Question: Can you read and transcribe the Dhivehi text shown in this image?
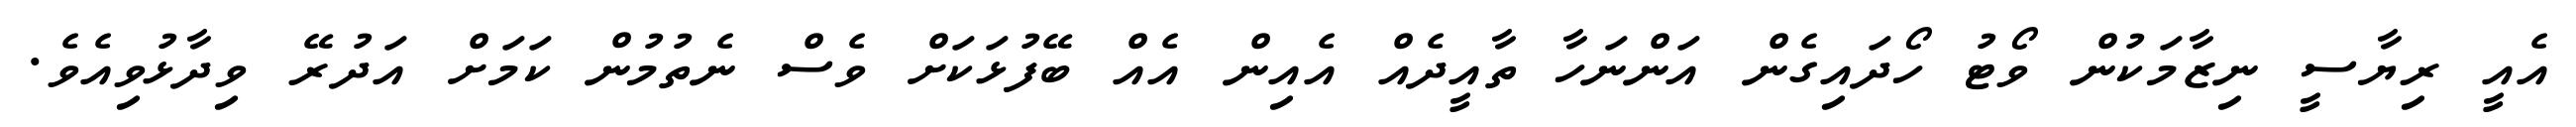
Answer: އެއީ ރިޔާސީ ނިޒާމަކުން ވޯޓު ހޯދައިގެން އަންނަހާ ތާއީދެއް އެއިން އެއް ބޭފުޅަކަށް ވެސް ނެތުމުން ކަމަށް އަދުރޭ ވިދާޅުވިއެވެ.